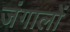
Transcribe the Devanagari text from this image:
जंगालों